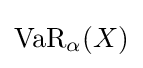
\operatorname {VaR} _{\alpha }(X)